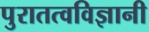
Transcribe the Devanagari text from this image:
पुरातत्वविज्ञानी